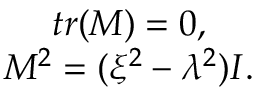
\begin{array} { c } { { t r ( M ) = 0 , } } \\ { { M ^ { 2 } = ( \xi ^ { 2 } - \lambda ^ { 2 } ) I . } } \end{array}